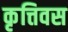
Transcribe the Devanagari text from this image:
कृत्तिवस